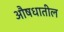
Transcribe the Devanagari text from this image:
औषधातील